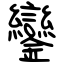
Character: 鑾